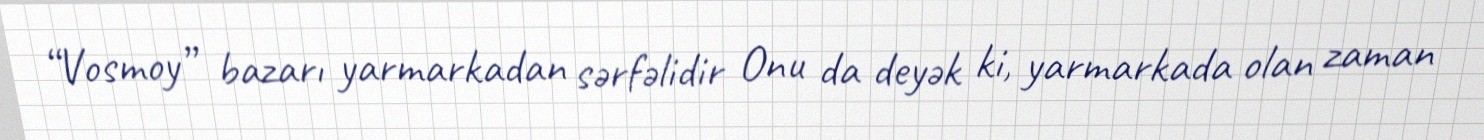
“Vosmoy” bazarı yarmarkadan sərfəlidir Onu da deyək ki, yarmarkada olan zaman